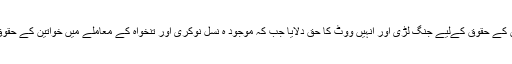
ایک سابقہ نسل نے خواتین کے حقوق کےلیے جنگ لڑی اور انہیں ووٹ کا حق دلایا جب کہ موجود ہ نسل نوکری اور تنخواہ کے معاملے میں خواتین کے حقوق کے لیے نبر د آزما ہے۔